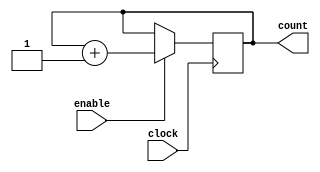
`timescale 1ns / 100ps // unit time is 1ns resolution 100 ps

module counter_8(
	clock,
	enable,
	count
);
	
	parameter BIT_SZ=8;
	input clock;
	input enable;
	output [BIT_SZ-1:0] count;
	
	reg [BIT_SZ-1:0] count;
	
	initial count=0;
	
	always@(posedge clock)
		if (enable==1'b1)
			count<=count+1'b1;
		
endmodule